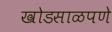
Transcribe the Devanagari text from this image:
खोडसाळपणे